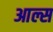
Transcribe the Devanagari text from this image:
आल्स